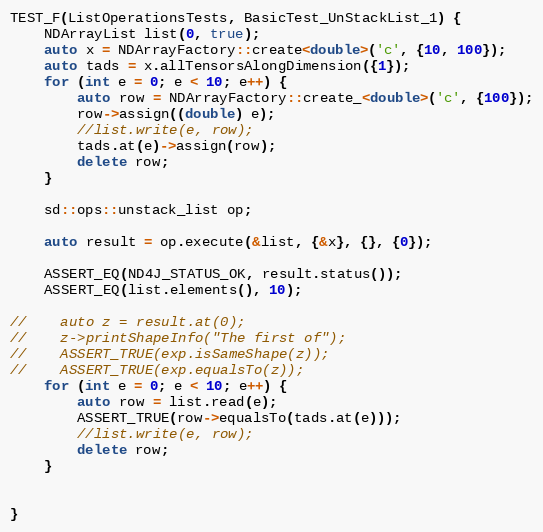
Language: C++
TEST_F(ListOperationsTests, BasicTest_UnStackList_1) {
    NDArrayList list(0, true);
    auto x = NDArrayFactory::create<double>('c', {10, 100});
    auto tads = x.allTensorsAlongDimension({1});
    for (int e = 0; e < 10; e++) {
        auto row = NDArrayFactory::create_<double>('c', {100});
        row->assign((double) e);
        //list.write(e, row);
        tads.at(e)->assign(row);
        delete row;
    }

    sd::ops::unstack_list op;

    auto result = op.execute(&list, {&x}, {}, {0});

    ASSERT_EQ(ND4J_STATUS_OK, result.status());
    ASSERT_EQ(list.elements(), 10);

//    auto z = result.at(0);
//    z->printShapeInfo("The first of");
//    ASSERT_TRUE(exp.isSameShape(z));
//    ASSERT_TRUE(exp.equalsTo(z));
    for (int e = 0; e < 10; e++) {
        auto row = list.read(e);
        ASSERT_TRUE(row->equalsTo(tads.at(e)));
        //list.write(e, row);
        delete row;
    }

}